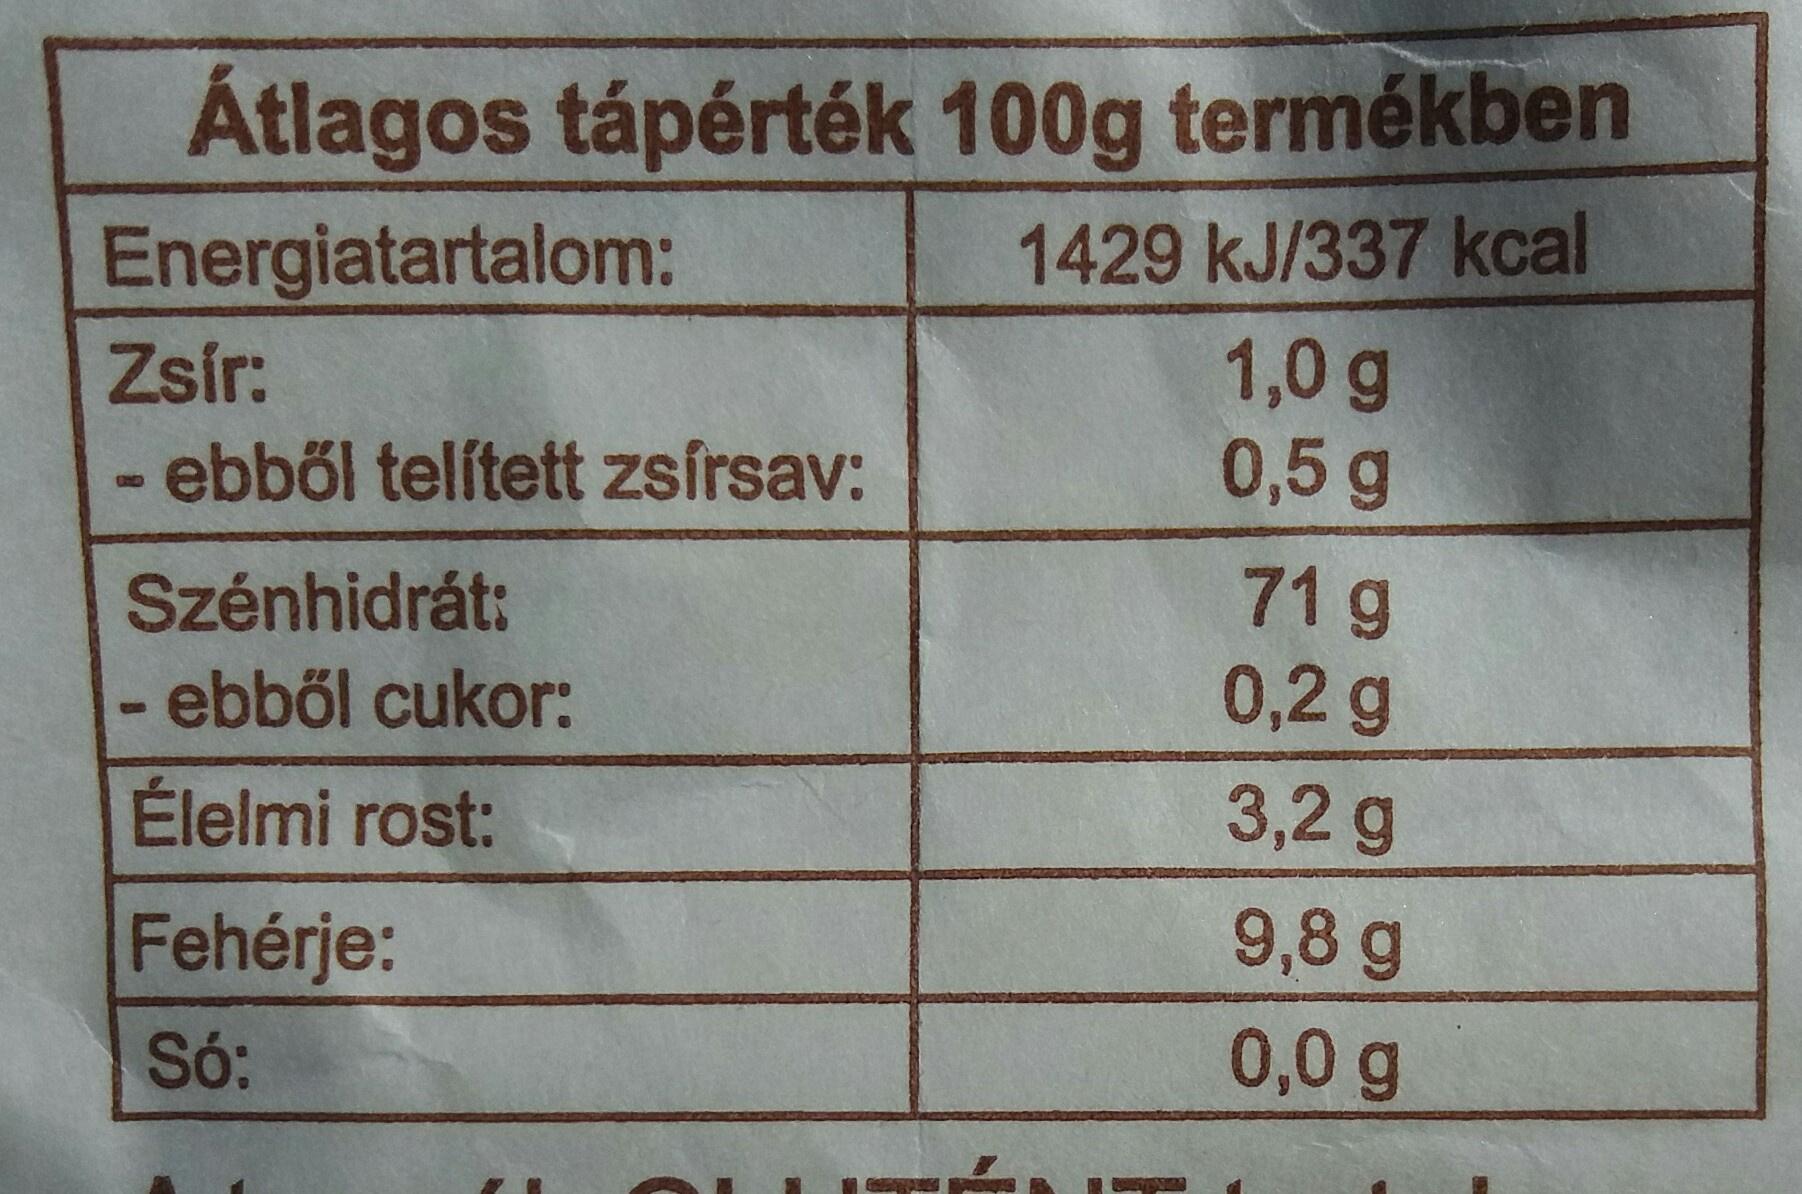
Átlagos tápérték 100g termékben
Energiatartalom:
1429 kJ/337 kcal
1,0 g 0,5 g
Zsír:
-ebből telített zsírsav:
71g 0,2g
Szénhidrát:
- ebből cukor:
Élelmi rost:
3,2 g
Fehérje:
9,8 g
Só:
0,0 g